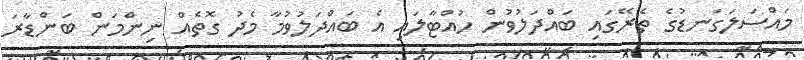
މައްސަލަގަނޑުގެ ތެރޭގައި ބައްދަލުވުން ހުއްޓާލައި އެ ބައްދަލުވުމާ މެދު ގޮތެއް ނިންމަން ބަންޑާރަ